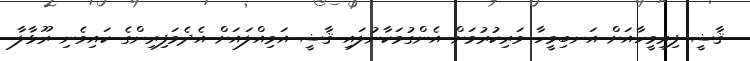
ޤާޟީ ފިރިމީހާއަށް އަނބިމީހާ ވަރިކުރުމަށް އެންގުމަކާނުލައި ޤާޟީ އަމިއްލައަށް އެދެމަފިރިންގެ ކައިވެނި ރޫޅާލާ